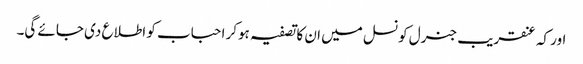
اور کہ عنقریب جنرل کونسل میں ان کا تصفیہ ہوکر احباب کو اطلاع دی جائے گی۔